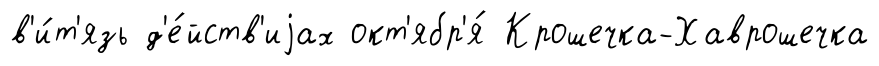
в'и́т'язь д'е́йств'иjах окт'ябр'я́ Крошечка-Хаврошечка